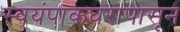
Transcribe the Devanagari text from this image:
स्वयंपाकघरापासून